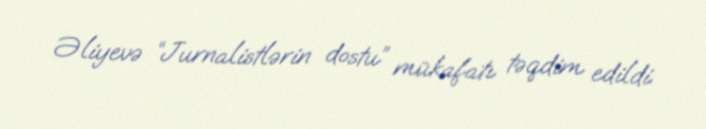
Əliyevə “Jurnalistlərin dostu” mükafatı təqdim edildi.